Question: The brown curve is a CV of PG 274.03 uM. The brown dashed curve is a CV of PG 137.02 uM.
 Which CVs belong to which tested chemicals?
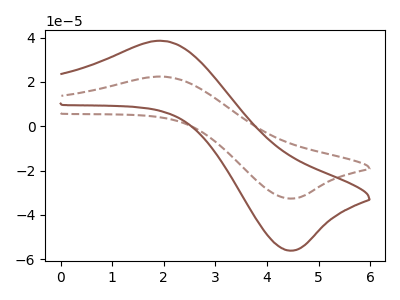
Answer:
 <answer>The brown curve is labeled "PG 274.03 uM". The brown dashed curve is labeled "PG 137.02 uM".</answer>
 <eval></eval>